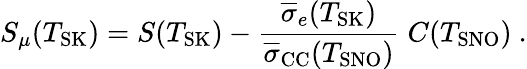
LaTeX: S_{\mu}(T_{\mathrm{SK}})=S(T_{\mathrm{SK}})-\frac{\overline{{{\sigma}}}_{e}(T_{\mathrm{SK}})}{\overline{{{\sigma}}}_{\mathrm{CC}}(T_{\mathrm{SNO}})}\; C(T_{\mathrm{SNO}})~.